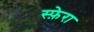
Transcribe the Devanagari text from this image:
स्फ़ेरा